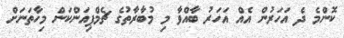
ކޮންމެ ދެ އަހަރުން އެއް އަހަރު ބާއްވާ މި މުބާރާތުގެ ޗެމްޕިއަންކަން މިހާތަނަށް